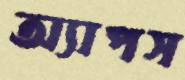
অ্যাপস